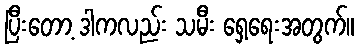
ပြီးတော့ ဒါကလည်း သမီး ရှေ့ရေးအတွက်။